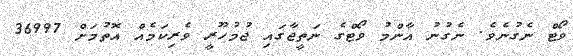
ވޯޓް ނެގުނެވެ. ނެގުނު އާންމު ވޯޓްގެ ނަތީޖާގައި ޖުމުހޫރީ ވެރިކަމެއް އޮތުމަށް 36997